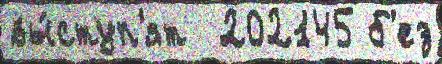
вы́ступ'ят  202145 б'ез